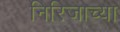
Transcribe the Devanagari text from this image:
निरिजाच्या